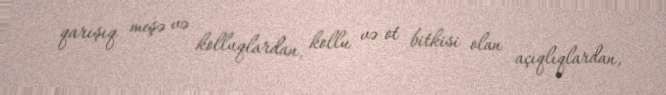
qarışıq meşə və kolluqlardan, kollu və ot bitkisi olan açıqlıqlardan,